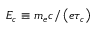
E _ { c } \equiv m _ { e } c / \left( e \tau _ { c } \right)